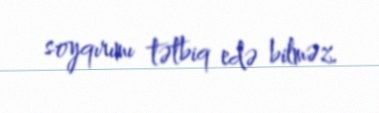
soyqırımı tətbiq edə bilməz.